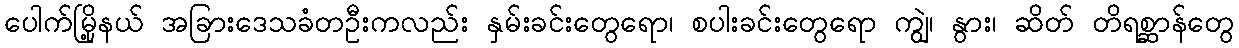
ပေါက်မြို့နယ် အခြားဒေသခံတဦးကလည်း နှမ်းခင်းတွေရော၊ စပါးခင်းတွေရော ကျွဲ၊ နွား၊ ဆိတ် တိရစ္ဆာန်တွေ